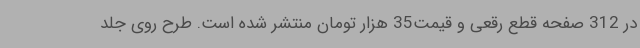
در 312 صفحه قطع رقعی و قیمت35 هزار تومان منتشر شده است. طرح روی جلد